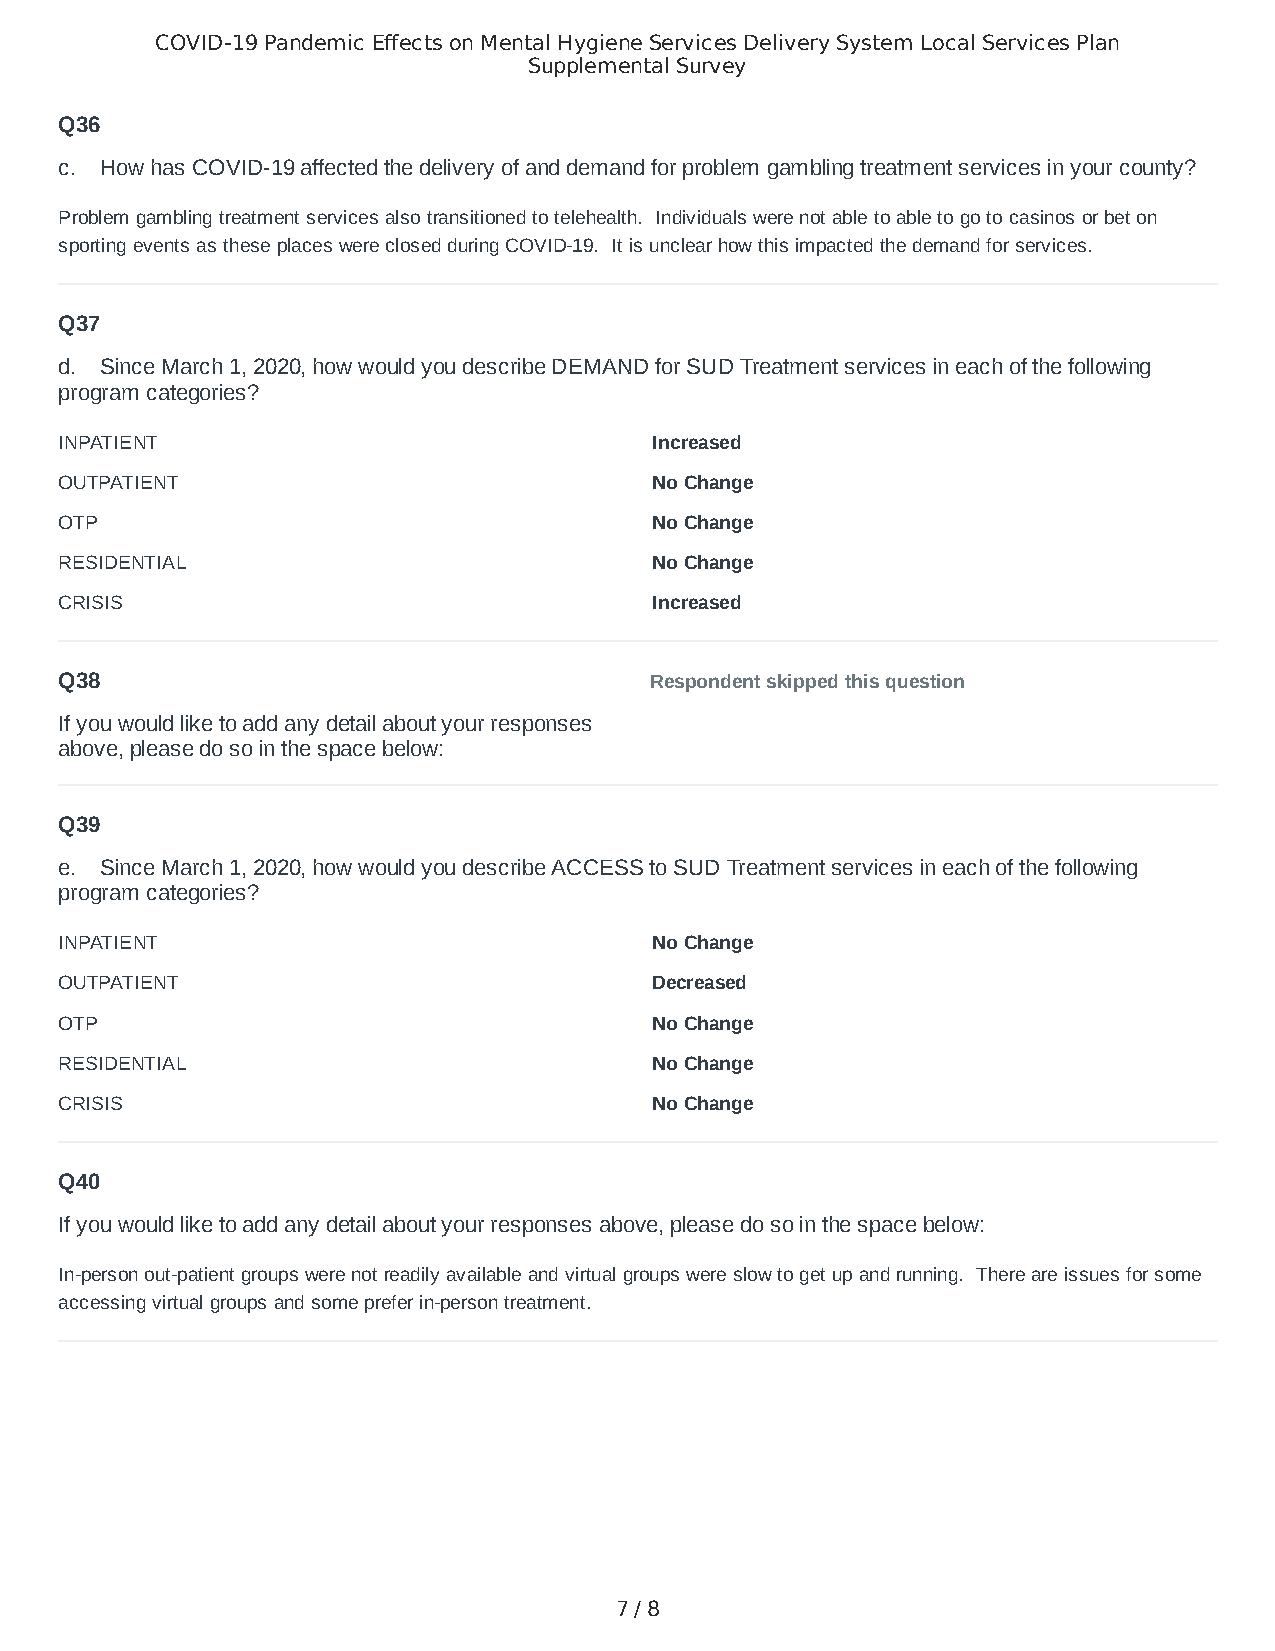
COVID-19 Pandemic Effects on Mental Hygiene Services Delivery System Local Services Plan
 Supplemental Survey
 Q36
 c. How has COVID-19 affected the delivery of and demand for problem gambling treatment services in your county?
 Problem gambling treatment services also transitioned to telehealth. Individuals were not able to able to go to casinos or bet on
 sporting events as these places were closed during COVID-19. It is unclear how this impacted the demand for services.
 Q37
 d. Since March 1, 2020, how would you describe DEMAND for SUD Treatment services in each of the following
 program categories?
 INPATIENT                              Increased
 OUTPATIENT                             No Change
 OTP                                    No Change
 RESIDENTIAL                            No Change
 CRISIS                                 Increased
 Q38                                    Respondent skipped this question
 If you would like to add any detail about your responses
 above, please do so in the space below:
 Q39
 e. Since March 1, 2020, how would you describe ACCESS to SUD Treatment services in each of the following
 program categories?
 INPATIENT                              No Change
 OUTPATIENT                             Decreased
 OTP                                    No Change
 RESIDENTIAL                            No Change
 CRISIS                                 No Change
 Q40
 If you would like to add any detail about your responses above, please do so in the space below:
 In-person out-patient groups were not readily available and virtual groups were slow to get up and running. There are issues for some
 accessing virtual groups and some prefer in-person treatment.
 7 / 8